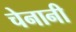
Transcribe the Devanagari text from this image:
चेनानी